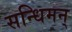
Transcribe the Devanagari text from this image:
सन्धिमन्